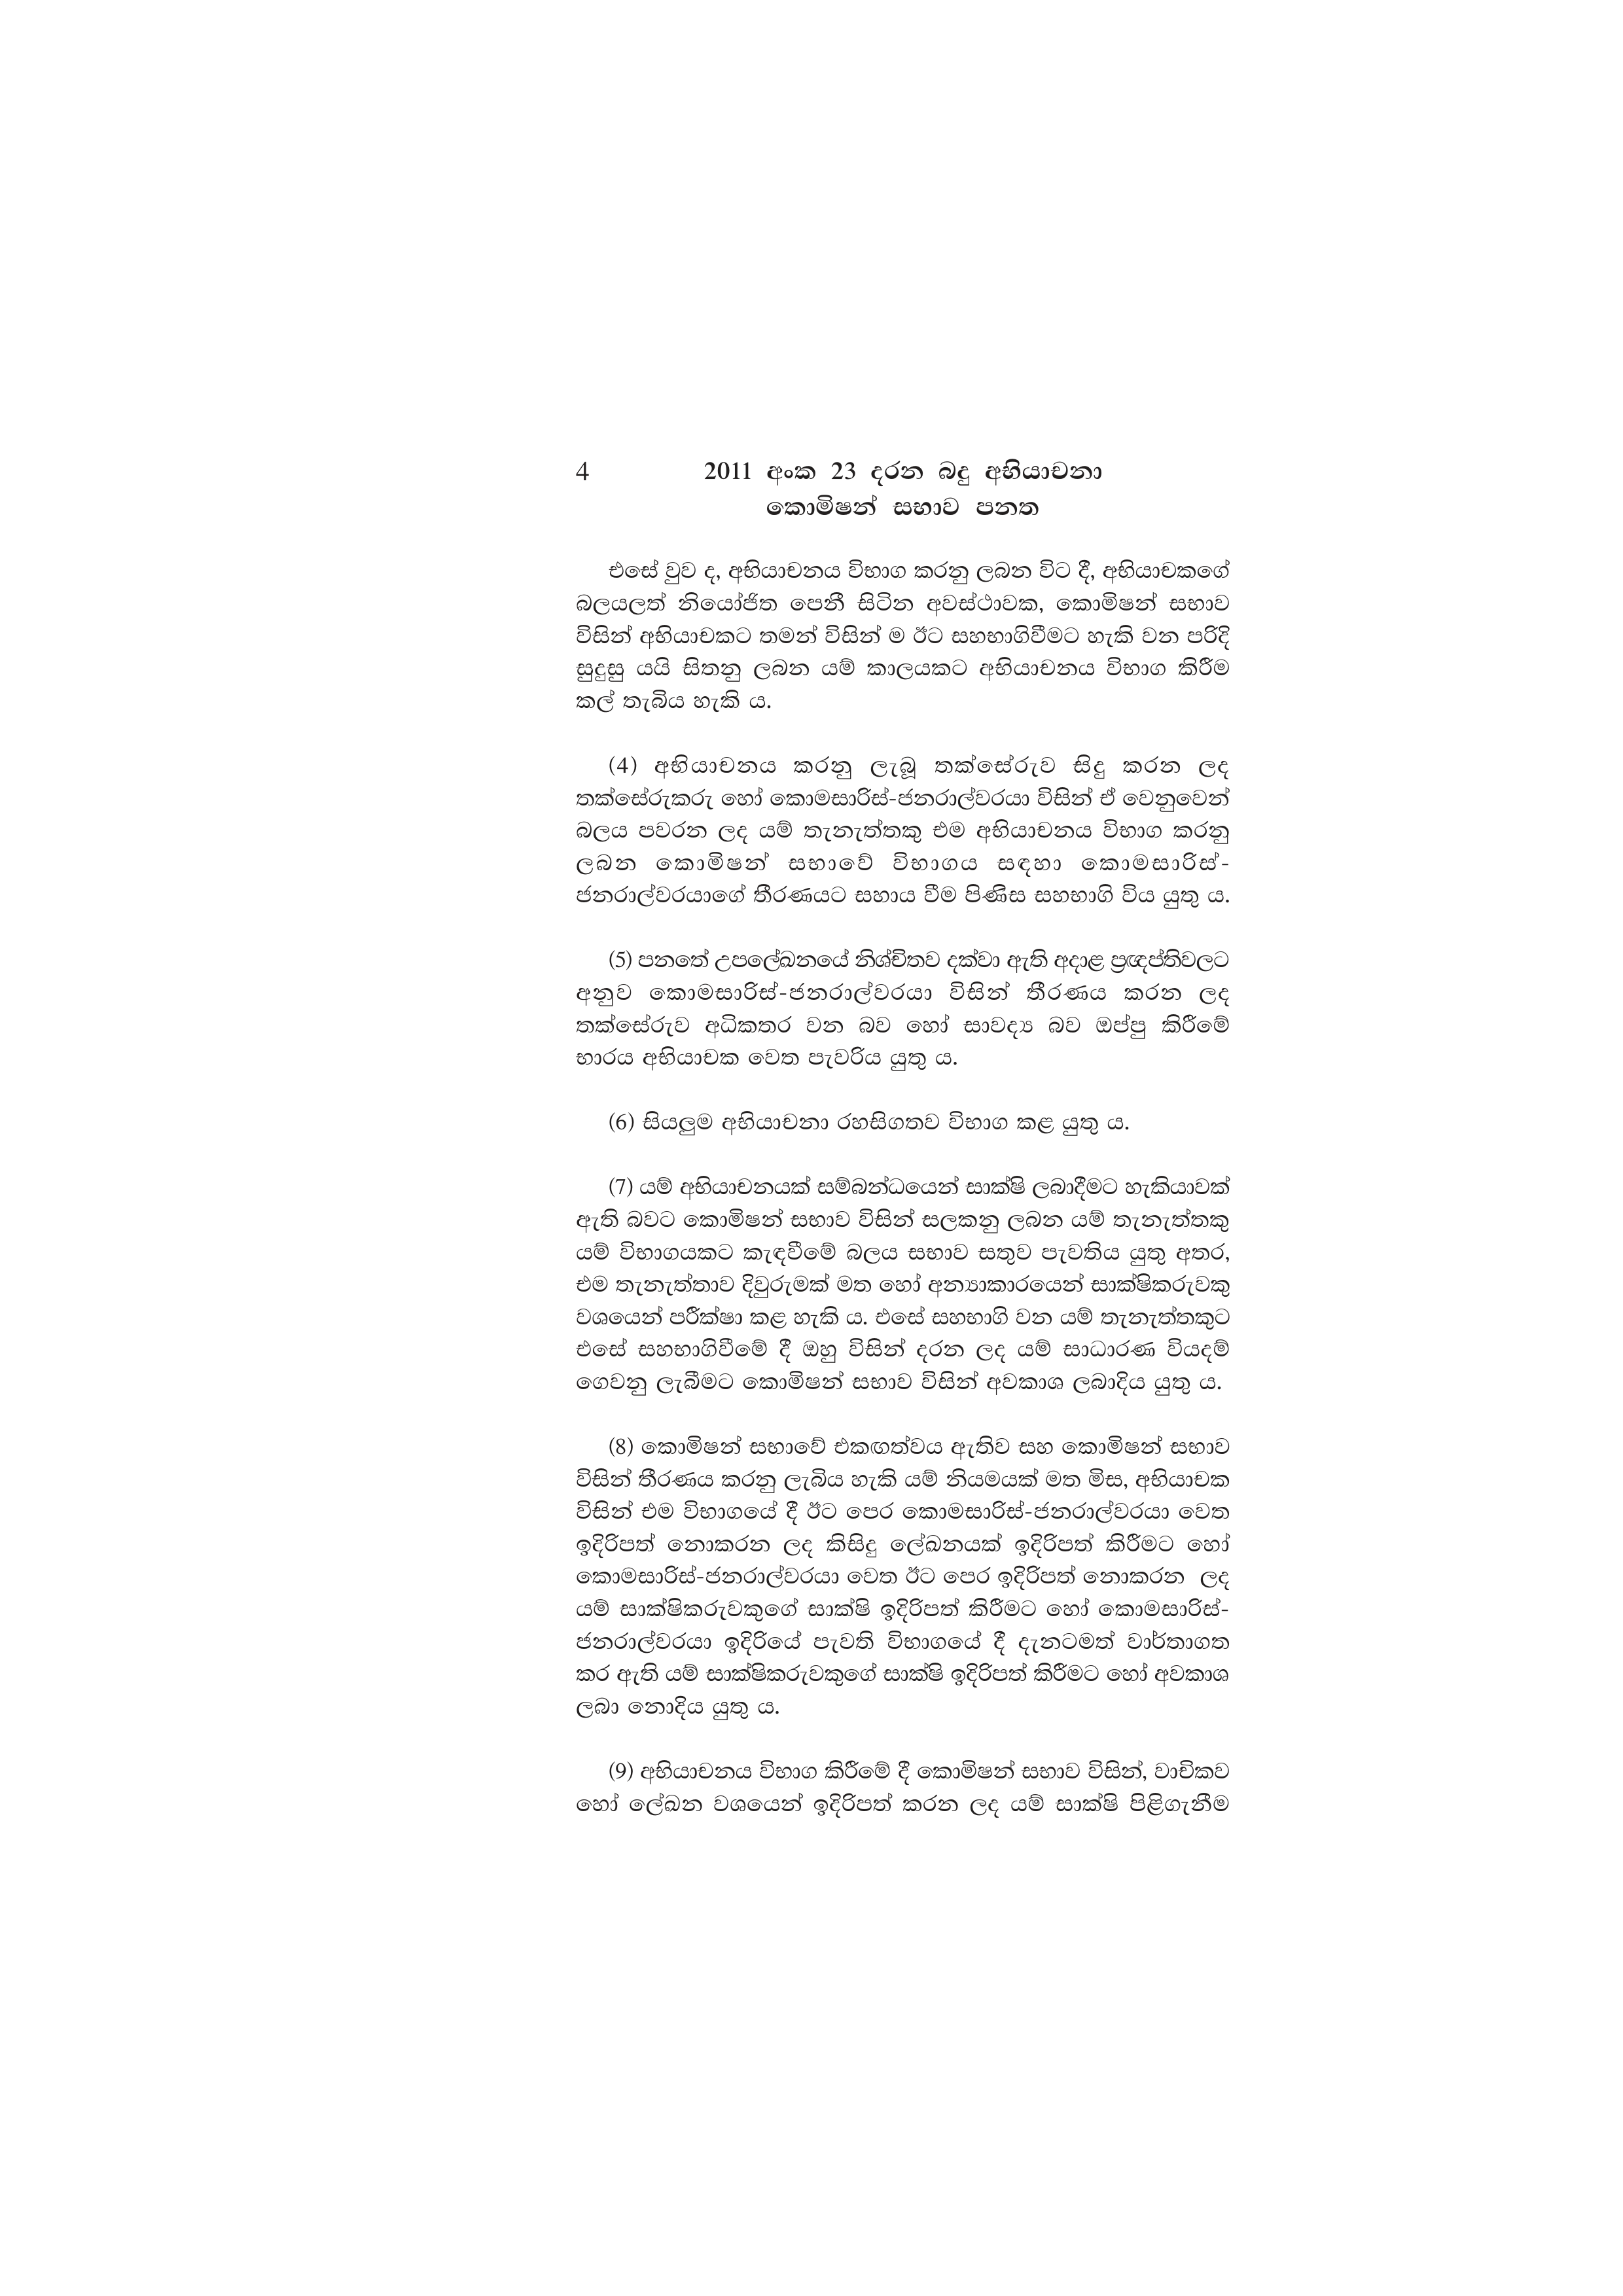
4 2011 අංක 23 දරන බදු අභියාචනා
කොමිෂන් සභාව පනත

එසේ වුව ද, අභියාචනය විභාග කරනු ලබන විට දී, අභියාචකගේ
බලයලත් නියෝජිත පෙනී සිටින අවස්ථාවක, කොමිෂන් සභාව
විසින් අභියාචකට තමන් විසින් ම ඊට සහභාගිවීමට හැකි වන පරිදි
සුදුසු යයි සිතනු ලබන යම් කාලයකට අභියාචනය විභාග කිරීම
කල් තැබිය හැකි ය.

(4) අභියාචනය කරනු ලැබූ තක්සේරුව සිදු කරන ලද
තක්සේරුකරු හෝ කොමසාරිස්-ජනරාල්වරයා විසින් ඒ වෙනුවෙන්
බලය පවරන ලද යම් තැනැත්තකු එම අභියාචනය විභාග කරනු
ලබන කොමිෂන් සභාවේ _ විභාගය සඳහා කොමසාරිස්-
ජනරාල්වරයාගේ තීරණයට සහාය වීම පිණිස සහභාගි විය යුතු ය.

(5) පනතේ උපලේඛනයේ නිශ්චිතව දක්වා ඇති අදාළ ප්‍රඥප්තිවලට
අනුව කොමසාරිස්-ජනරාල්වරයා විසින් තීරණය කරන ලද
තක්සේරුව අධිකතර වන බව හෝ සාවද්‍ය බව ඔප්පු කිරීමේ
භාරය අභියාචක වෙත පැවරිය යුතු ය.

(6) සියලුම අභියාචනා රහසිගතව විභාග කළ යුතු ය.

(7) යම් අභියාචනයක් සම්බන්ධයෙන් සාක්ෂි ලබාදීමට හැකියාවක්
ඇති බවට කොමිෂන් සභාව විසින් සලකනු ලබන යම් තැනැත්තකු
යම් විභාගයකට කැඳවීමේ බලය සභාව සතුව පැවතිය යුතු අතර,
එම තැනැත්තාව දිවුරුමක් මත හෝ අන්‍යාකාරයෙන් සාක්ෂිකරුවකු
වශයෙන් පරීක්ෂා කළ හැකි ය. එසේ සහභාගි වන යම් තැනැත්තකුට
එසේ සහභාගිවීමේ දී ඔහු විසින් දරන ලද යම් සාධාරණ වියදම්
ගෙවනු ලැබීමට කොමිෂන් සභාව විසින් අවකාශ ලබාදිය යුතු ය.

(8) කොමිෂන් සභාවේ එකඟත්වය ඇතිව සහ කොමිෂන් සභාව
විසින් තීරණය කරනු ලැබිය හැකි යම් නියමයක් මත මිස, අභියාචක
විසින් එම විභාගයේ දී ඊට පෙර කොමසාරිස්-ජනරාල්වරයා වෙත
ඉදිරිපත් නොකරන ලද කිසිදු ලේඛනයක් ඉදිරිපත් කිරීමට හෝ
කොමසාරිස්-ජනරාල්වරයා වෙත ඊට පෙර ඉදිරිපත් නොකරන ලද
යම් සාක්ෂිකරුවකුගේ සාක්ෂි ඉදිරිපත් කිරීමට හෝ කොමසාරිස්-
ජනරාල්වරයා ඉදිරියේ පැවති විභාගයේ දී දැනටමත් වාර්තාගත
කර ඇති යම් සාක්ෂිකරුවකුගේ සාක්ෂි ඉදිරිපත් කිරීමට හෝ අවකාශ
ලබා නොදිය යුතු ය.

(9) අභියාචනය විභාග කිරීමේ දී කොමිෂන් සභාව විසින්, වාචිකව
හෝ ලේඛන වශයෙන් ඉදිරිපත් කරන ලද යම් සාක්ෂි පිළිගැනීම